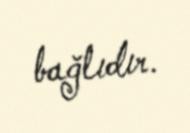
bağlıdır.